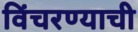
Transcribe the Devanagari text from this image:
विंचरण्याची